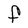
Character: F